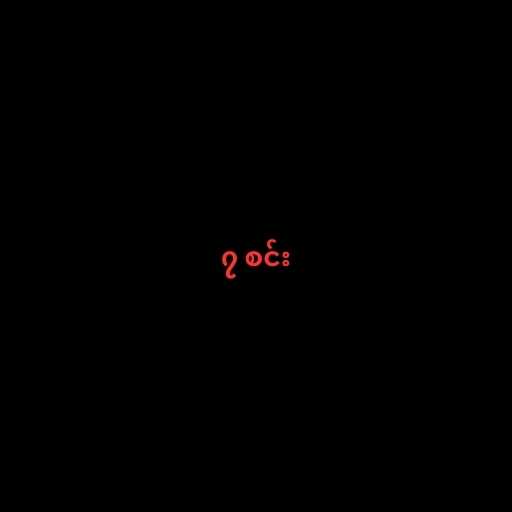
၇ စင်း